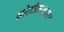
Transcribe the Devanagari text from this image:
कोटीक्रमाला